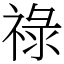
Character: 祿